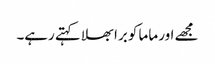
مجھے اور ماما کو برا بھلا کہتے رہے۔